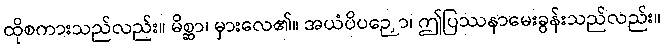
ထိုစကားသည်လည်း။ မိစ္ဆာ၊ မှားလေ၏။ အယံပိပဉှော၊ ဤပြဿနာမေးခွန်းသည်လည်း။